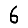
Digit: 6